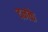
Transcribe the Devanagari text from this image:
दनके